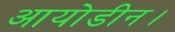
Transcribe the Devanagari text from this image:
आयोडीन।